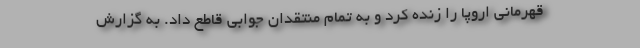
قهرمانی اروپا را زنده کرد و به تمام منتقدان جوابی قاطع داد. به گزارش